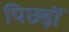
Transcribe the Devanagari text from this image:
पिछड़ोँ